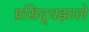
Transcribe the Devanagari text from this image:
प्रसिद्धझाले